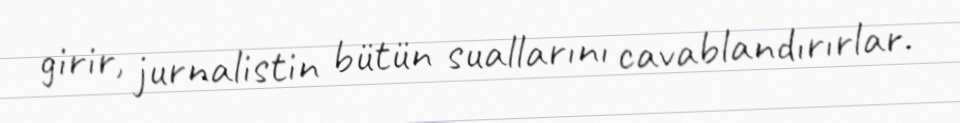
girir, jurnalistin bütün suallarını cavablandırırlar.